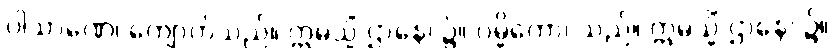
ပါသာဏေ၊ ကျောက်သည်။ ဣမသ္မိံ ဌာနေ၊ ၌။ ဝမ္မိကော၊ သည်။ ဣမသ္မိံ ဌာနေ၊ ၌။